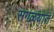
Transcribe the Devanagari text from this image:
सगळयात